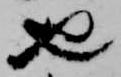
也